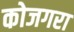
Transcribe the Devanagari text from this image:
कोजगरा